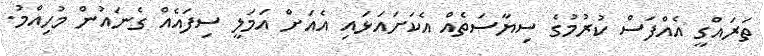
ތަރައްގީ އެއްފަސް ކުރުމުގެ ސިޔާސަތެއް އެކަށައަޅައި އެއަށް އަމަލީ ސިފައެއް ގެނައުން މުހިއްމު.